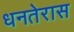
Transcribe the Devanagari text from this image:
धनतेरास